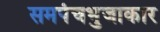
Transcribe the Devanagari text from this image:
समपंचभुजाकार